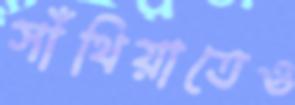
সাঁথিয়াতেও